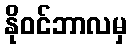
နိုဝင်ဘာလမှ